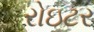
રોઇટર